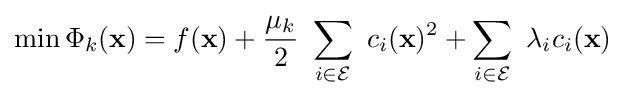
\min \Phi _{k}(\mathbf {x} )=f(\mathbf {x} )+{\frac {\mu _{k}}{2}}~\sum _{i\in {\mathcal {E}}}~c_{i}(\mathbf {x} )^{2}+\sum _{i\in {\mathcal {E}}}~\lambda _{i}c_{i}(\mathbf {x} )